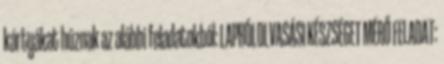
kártyákat húznak az alábbi feladatokból: LAPRÓLOLVASÁSI KÉSZSÉGET MÉRŐ FELADAT: